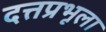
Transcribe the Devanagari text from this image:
दत्तप्रभूला